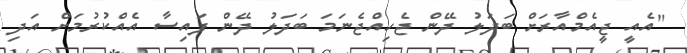
"އެއީ ޖީއެމްއާރަށް ބަދަލު ދޭން ޖެހިއްޖެނަމަ ބަދަލު ދޭން ފައިސާ އެއްކުރުމަށް އަދި